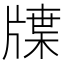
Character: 𤗣